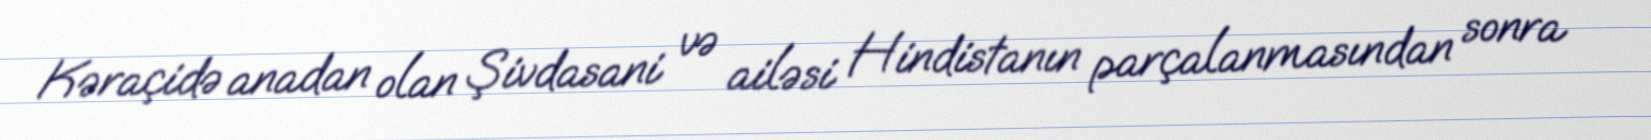
Kəraçidə anadan olan Şivdasani və ailəsi Hindistanın parçalanmasından sonra